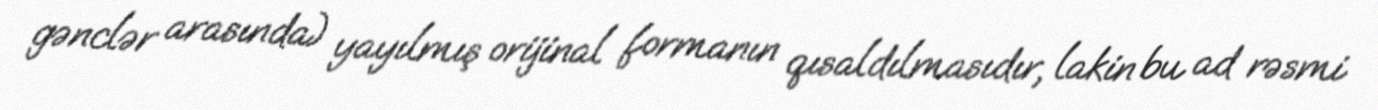
gənclər arasında) yayılmış orijinal formanın qısaldılmasıdır, lakin bu ad rəsmi